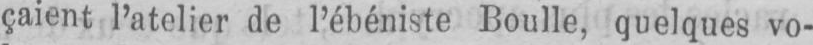
çaient l’atelier de l’ébéniste Boulle, quelques vo-